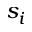
s _ { i }